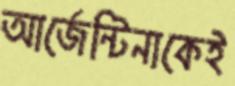
আর্জেন্টিনাকেই